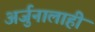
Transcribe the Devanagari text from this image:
अर्जुनालाही